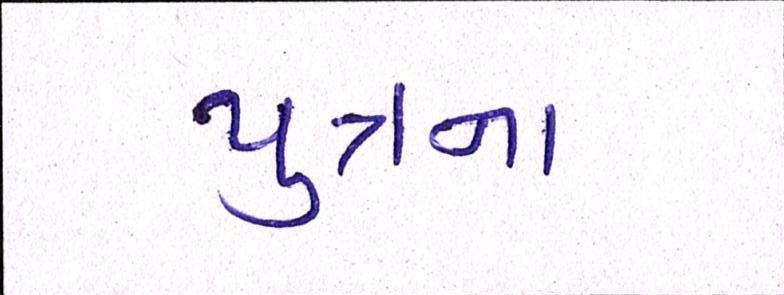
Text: પુત્રના